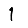
Digit: 1